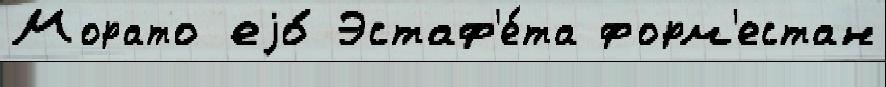
Морато еjо́ Эстаф'е́та форм'естан